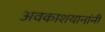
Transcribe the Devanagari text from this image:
अवकाशयानांनी